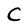
Character: C